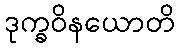
ဒုက္ခဝိနယောတိ